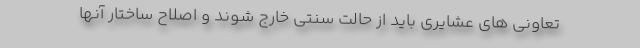
تعاونی های عشایری باید از حالت سنتی خارج شوند و اصلاح ساختار آنها